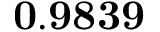
\mathbf { 0 . 9 8 3 9 }